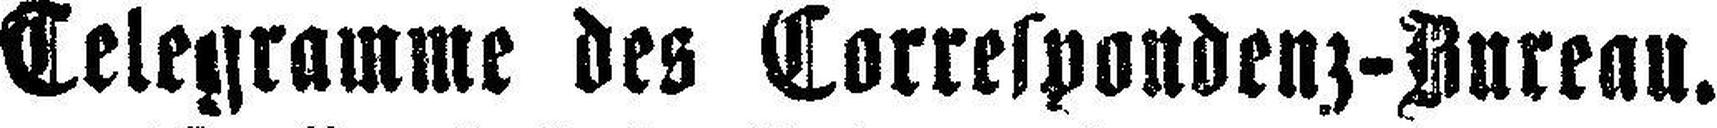
Telegramme des Torrespondenz-Bureau.